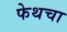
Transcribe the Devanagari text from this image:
फेथचा